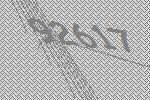
92617